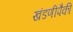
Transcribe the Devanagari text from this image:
खंडणीपैकी